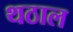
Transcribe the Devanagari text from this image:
थठाल